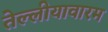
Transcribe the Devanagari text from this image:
तेल्लीयावारम